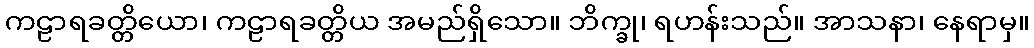
ကဠာရခတ္တိယော၊ ကဠာရခတ္တိယ အမည်ရှိသော။ ဘိက္ခု၊ ရဟန်းသည်။ အာသနာ၊ နေရာမှ။